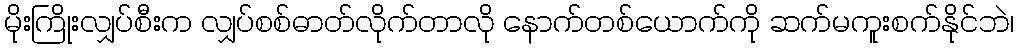
မိုးကြိုးလျှပ်စီးက လျှပ်စစ်ဓာတ်လိုက်တာလို နောက်တစ်ယောက်ကို ဆက်မကူးစက်နိုင်ဘဲ၊